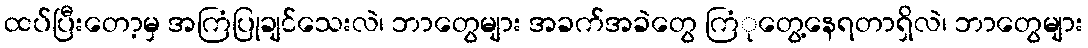
ထပ်ပြီးတော့မှ အကြံပြုချင်သေးလဲ၊ ဘာတွေများ အခက်အခဲတွေ ကြံုတွေ့နေရတာရှိလဲ၊ ဘာတွေများ